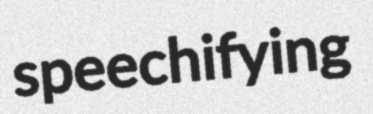
speechifying